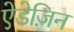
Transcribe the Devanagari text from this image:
ऐडेज़िन